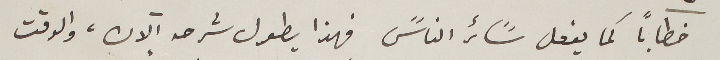
خطاباً كما يفعل سًائر الناسً فهذا يطول شرحه الآن، والوقت